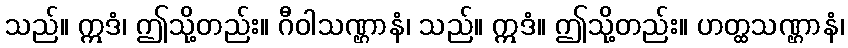
သည်။ ဣဒံ၊ ဤသို့တည်း။ ဂီဝါသဏ္ဌာနံ၊ သည်။ ဣဒံ။ ဤသို့တည်း။ ဟတ္ထသဏ္ဌာနံ၊